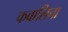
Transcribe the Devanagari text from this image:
कवालिचा